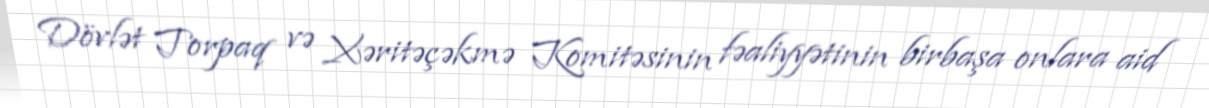
Dövlət Torpaq və Xəritəçəkmə Komitəsinin fəaliyyətinin birbaşa onlara aid